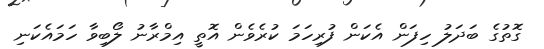
ގޮތުގެ ބަދަލު ހިފަން އެކަން ފުރިހަމަ ކުރެވެން އޮތީ އިމްރާނު ލޯބިވާ ހަމައެކަނި